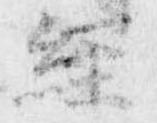
経